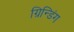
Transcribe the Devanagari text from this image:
ग्रिन्डिंग